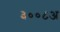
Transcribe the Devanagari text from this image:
३००८अ